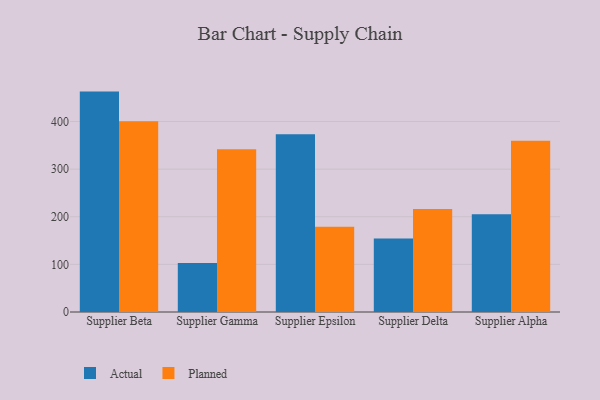
{"axis": {"x": "Supplier", "y": "Inventory Turnover"}, "legend": ["Actual", "Planned"], "data": [{"x": "Supplier Beta", "y": 462.8, "type": "Actual"}, {"x": "Supplier Beta", "y": 400.5, "type": "Planned"}, {"x": "Supplier Gamma", "y": 103.1, "type": "Actual"}, {"x": "Supplier Gamma", "y": 341.9, "type": "Planned"}, {"x": "Supplier Epsilon", "y": 373.3, "type": "Actual"}, {"x": "Supplier Epsilon", "y": 179.0, "type": "Planned"}, {"x": "Supplier Delta", "y": 154.1, "type": "Actual"}, {"x": "Supplier Delta", "y": 216.3, "type": "Planned"}, {"x": "Supplier Alpha", "y": 205.3, "type": "Actual"}, {"x": "Supplier Alpha", "y": 359.6, "type": "Planned"}]}